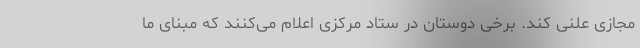
مجازی علنی کند. برخی دوستان در ستاد مرکزی اعلام می‌کنند که مبنای ما